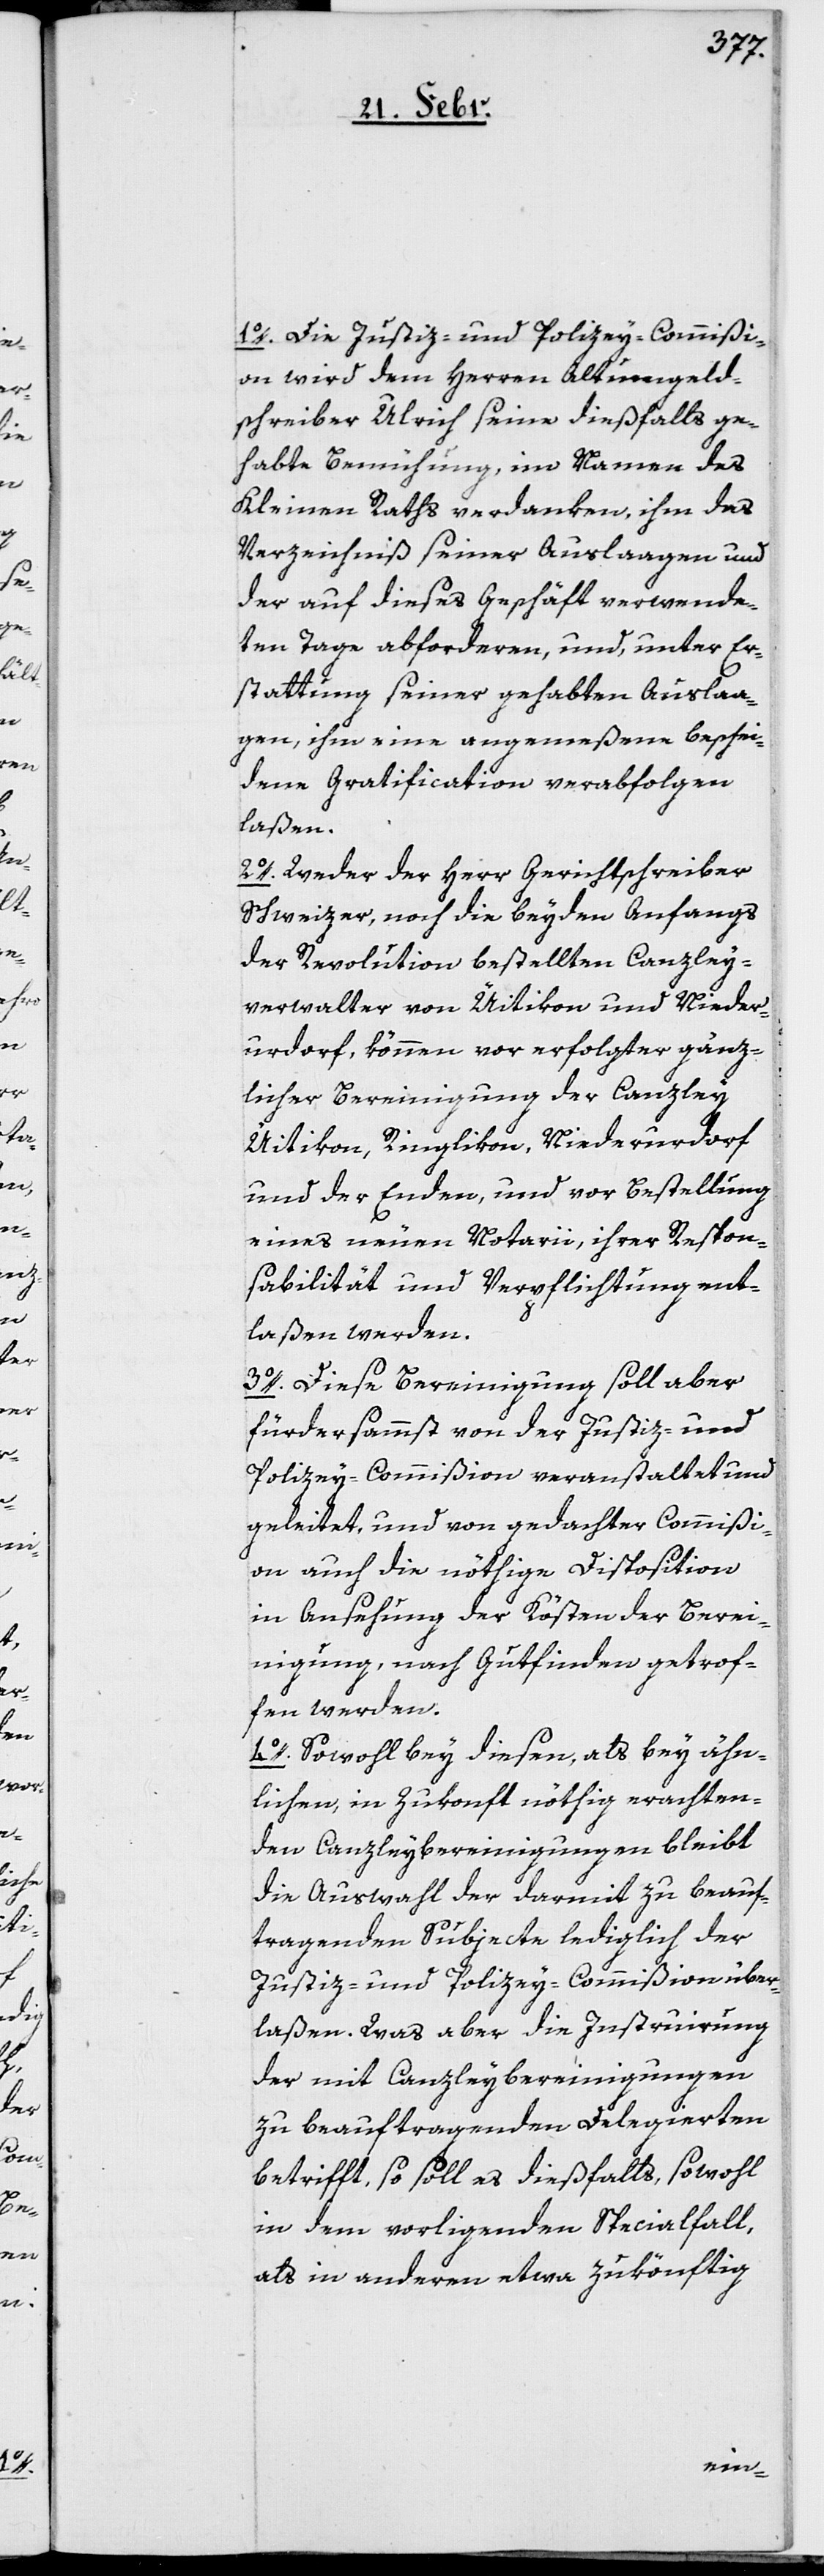
1o. Die Justiz- und Polizey-Commißi¬
on wird dem Herren Altumgeld¬
schreiber Ulrich seine dießfalls ge¬
habte Bemühung, im Namen des
Kleinen Raths verdanken, ihm das
Verzeichniß seiner Auslaagen und
der auf dieses Geschäft verwende¬
ten Tage abforderen, und, unter Er¬
stattung seiner gehabten Auslaa¬
gen, ihm eine angemeßene beschei¬
dene Gratification verabfolgen
laßen.
2o. Weder der Herr Gerichtschreiber
Schweizer, noch die beyden Anfangs
der Revolution bestellten Canzley¬
verwalter von Üitikon und Nieder¬
urdorf, können vor erfolgter gänz¬
licher Bereinigung der Canzley
Üitikon, Ringlikon, Niederurdorf
und der Enden, und vor bestellung
eines neuen Notarii, ihrer Respon¬
sabilität und Verpflichtung ent¬
laßen werden.
3o. Diese Bereinigung soll aber
fürdersammst von der Justiz- und
Polizey-Commißion veranstaltet und
geleitet, und von gedachter Commißi¬
on auch die nöthige Disposition
in Ansehung der Kösten der Berei¬
nigung, nach Gutfinden getrof¬
fen werden.
4o. Sowohl bey diesen, als bey ähn¬
lichen, in Zukonft nöthig erachten¬
den Canzleybereinigungen bleibt
die Auswahl der darmit zu beauf¬
tragenden Subjecte lediglich der
Justiz- und Polizey-Commißion über¬
laßen. Was aber die Instruierung
der mit Canzleybereinigungen
zu beauftragenden Delegierten
betrifft, so soll es dießfalls, sowohl
in dem vorliegenden Specialfall,
als in andern etwa zukönftig